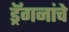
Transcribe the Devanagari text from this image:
ड्रॅगनांचे